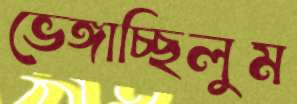
ভেঙ্গাচ্ছিলুম